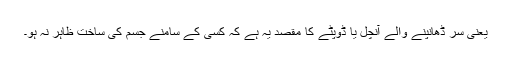
یعنی سر ڈھانپنے والے آنچل یا ڈوپٹے کا مقصد یہ ہے کہ کسی کے سامنے جسم کی ساخت ظاہر نہ ہو۔